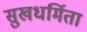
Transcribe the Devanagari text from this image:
सुखधर्मिता